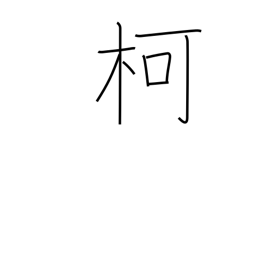
Meaning: handle